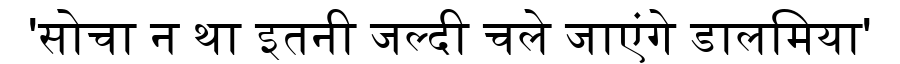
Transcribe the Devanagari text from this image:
'सोचा न था इतनी जल्दी चले जाएंगे डालमिया'